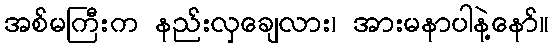
အစ်မကြီးက နည်းလှချေလား၊ အားမနာပါနဲ့နော်။